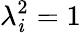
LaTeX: \lambda_{\mathit{i}}^{2}=1